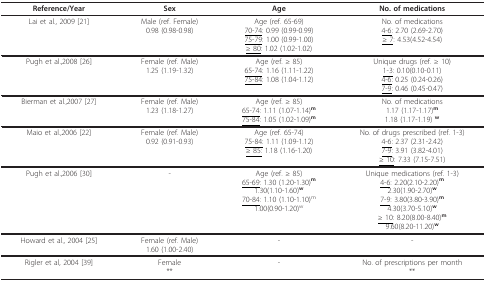
<table><thead><tr><td><b>Reference/Year</b></td><td><b>Sex</b></td><td><b>Age</b></td><td><b>No. of medications</b></td></tr></thead><tbody><tr><td>Lai et al., 2009 [21]</td><td>Male (ref. Female)0.98 (0.98-0.98)</td><td>Age (ref. 65-69)<underline>70-74</underline>: 0.99 (0.99-0.99)<underline>75-79</underline>: 1.00 (0.99-1.00)<underline>≥ 80</underline>: 1.02 (1.02-1.02)</td><td>No. of medications<underline>4-6</underline>: 2.70 (2.69-2.70)<underline>≥ 7</underline>: 4.53(4.52-4.54)</td></tr><tr><td>Pugh et al.,2008 [26]</td><td>Female (ref. Male)1.25 (1.19-1.32)</td><td>Age (ref. ≥ 85)<underline>65-74</underline>: 1.16 (1.11-1.22)<underline>75-84</underline>: 1.08 (1.04-1.12)</td><td>Unique drugs (ref. ≥ 10)<underline>1-3</underline>: 0.10(0.10-0.11)<underline>4-6</underline>: 0.25 (0.24-0.26)<underline>7-9</underline>: 0.46 (0.45-0.47)</td></tr><tr><td>Bierman et al.,2007 [27]</td><td>Female (ref. Male)1.23 (1.18-1.27)</td><td>Age (ref. ≥ 85)<underline>65-74</underline>: 1.11 (1.07-1.14)<b><sup>m</sup></b><underline>75-84</underline>: 1.05 (1.02-1.09)<b><sup>m</sup></b></td><td>No. of medications1.17 (1.17-1.17)<b><sup>m</sup></b>1.18 (1.17-1.19) <b><sup>w</sup></b></td></tr><tr><td>Maio et al.,2006 [22]</td><td>Female (ref. Male)0.92 (0.91-0.93)</td><td>Age (ref. 65-74)<underline>75-84:</underline> 1.11 (1.09-1.12)<underline>≥ 85:</underline> 1.18 (1.16-1.20)</td><td>No. of drugs prescribed (ref. 1-3)<underline>4-6</underline>: 2.37 (2.31-2.42)<underline>7-9</underline>: 3.91 (3.82-4.01)<underline>≥ 10</underline>: 7.33 (7.15-7.51)</td></tr><tr><td>Pugh et al.,2006 [30]</td><td>-</td><td>Age (ref. ≥ 85) <underline>65-69</underline>: 1.30 (1.20-1.30)<b><sup>m</sup></b>1.30(1.10-1.60)<b><sup>w</sup></b><underline>70-84</underline>: 1.10 (1.10-1.10)<sup>m</sup>1.00(0.90-1.20)<sup>w</sup></td><td>Unique medications (ref. 1-3)<underline>4-6</underline>: 2.20(2.10-2.20)<b><sup>m</sup></b>2.30(1.90-2.70)<b><sup>w</sup></b><underline>7-9</underline>: 3.80(3.80-3.90)<b><sup>m</sup></b>4.30(3.70-5.10)<b><sup>w</sup></b><underline>≥ 10</underline>: 8.20(8.00-8.40)<b><sup>m</sup></b>9.60(8.20-11.20)<b><sup>w</sup></b></td></tr><tr><td>Howard et al., 2004 [25]</td><td>Female (ref. Male)1.60 (1.00-2.40)</td><td>-</td><td>-</td></tr><tr><td>Rigler et al, 2004 [39]</td><td>Female**</td><td>-</td><td>No. of prescriptions per month**</td></tr></tbody></table>